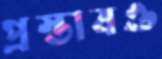
প্রস্তাবও